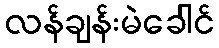
လန်ချန်းမဲခေါင်